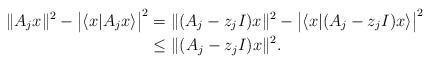
LaTeX: \begin{align*}\|A_j x\|^2-\big|\langle x| A_j x\rangle\big|^2 &= \|(A_j-z_j I) x\|^2-\big|\langle x|(A_j-z_j I) x\rangle\big|^2\\ &\leq \|(A_j-z_jI)x\|^2.\end{align*}